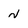
Character: N